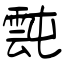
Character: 霕